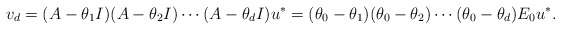
\begin{align*}v_d = (A-\theta_{1}I)(A-\theta_{2}I) \cdots (A-\theta_{d}I)u^*= (\theta_0-\theta_{1})(\theta_0-\theta_{2}) \cdots (\theta_0 - \theta_{d})E_0u^*.\end{align*}